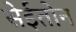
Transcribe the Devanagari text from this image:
सेईतोन